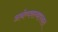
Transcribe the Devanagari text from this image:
अर्थव्यवस्थापनात